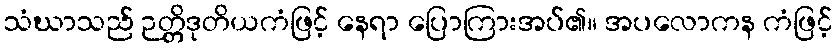
သံဃာသည် ဉတ္တိဒုတိယကံဖြင့် နေရာ ပြောကြားအပ်၏။ အပလောကန ကံဖြင့်